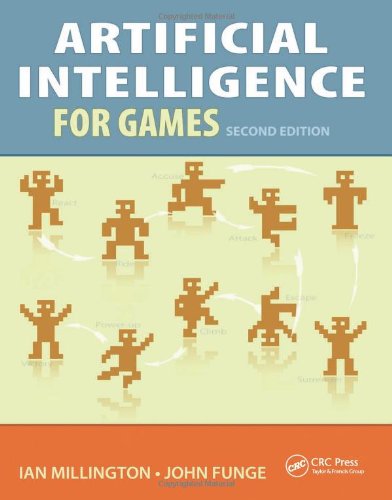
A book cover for Artificial Intelligence for Games; Ian Millington; Arts & Photography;